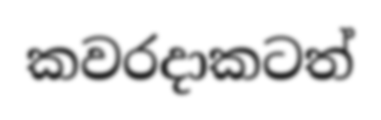
කවරදාකටත්